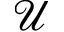
\mathcal { U }